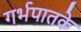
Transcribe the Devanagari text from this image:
गर्भपातके